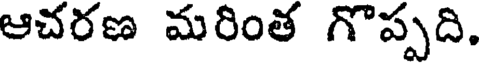
ఆచరణ మరింత గొప్పది.